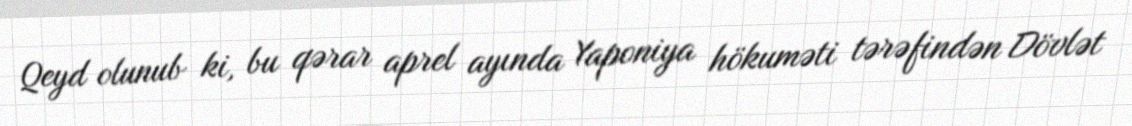
Qeyd olunub ki, bu qərar aprel ayında Yaponiya hökuməti tərəfindən Dövlət